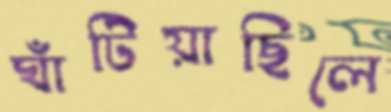
ঘাঁটিয়াছিলে